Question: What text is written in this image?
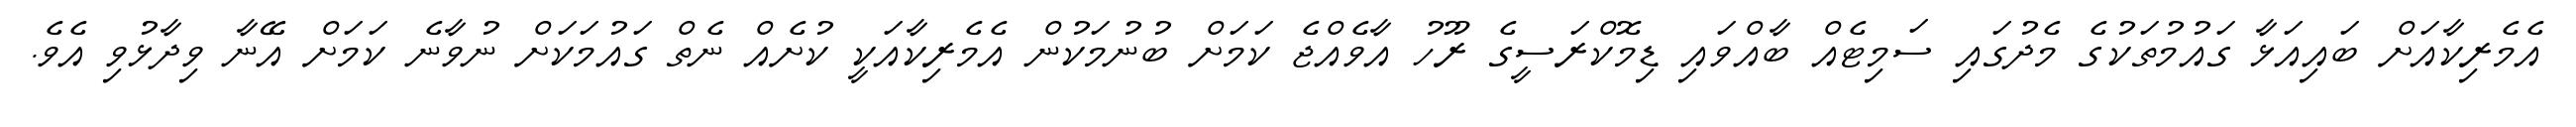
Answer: އެމެރިކާއަށް ބައިއަޅާ ގައުމުތަކުގެ މެދުގައި ސަމިޓެއް ބާއްވައި ޑިމޮކްރަސީގެ ރޫހު އާވެއްޖެ ކަމަށް ބުނުމަކުން އެމެރިކާއަކީ ކުށެއް ނެތް ގައުމަކަށް ނުވާނެ ކަމަށް އޭނާ ވިދާޅުވި އެވެ.